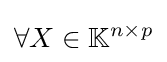
\forall X\in \mathbb {K} ^{n\times p}